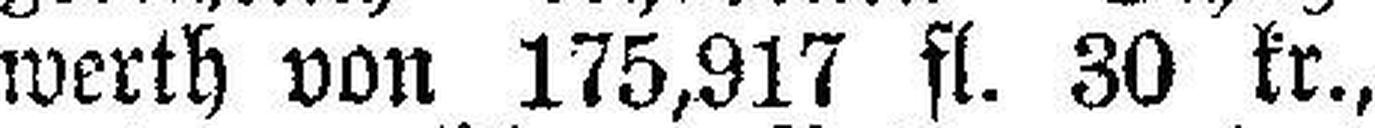
werth von 175,917 fl. 30 kr.,